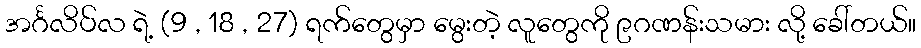
အင်္ဂလိပ်လ ရဲ့ (9 , 18 , 27) ရက်တွေမှာ မွေးတဲ့ လူတွေကို ၉ဂဏန်းသမား လို့ ခေါ်တယ်။